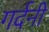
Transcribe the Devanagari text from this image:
गर्दनी